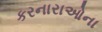
કરનારાઓના